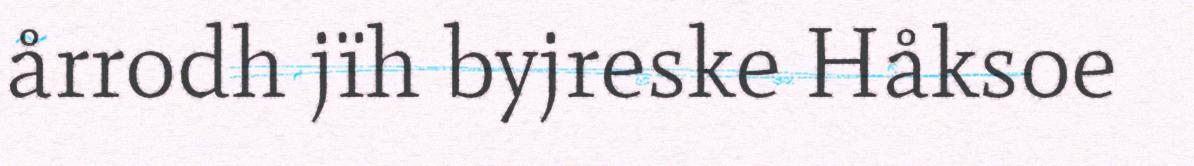
årrodh jïh byjreske Håksoe